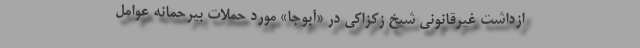
ازداشت غیرقانونی شیخ زکزاکی در «آبوجا» مورد حملات بیرحمانه عوامل